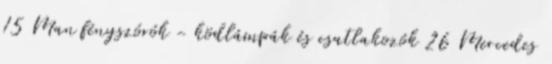
15 Man fényszórók - ködlámpák és csatlakozók 26 Mercedes